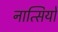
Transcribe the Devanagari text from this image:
नात्सियों